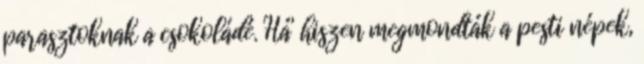
parasztoknak a csokoládé. Há' hiszen megmondták a pesti népek,